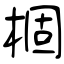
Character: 棝